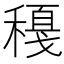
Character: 𥢈